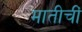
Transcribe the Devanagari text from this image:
मातीचीं